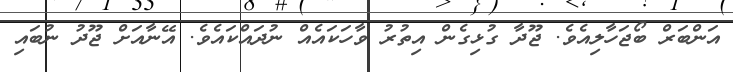
އަންބަރް ބޯޖަހާލިއެވެ. ޖޫދާ ގުޅިގެން އިތުރު ވާހަކައެއް ނުދައްކައެވެ. އޭނާއަށް ޖޫދު ނުބައި